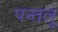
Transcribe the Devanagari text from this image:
पन्तलू